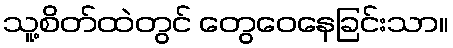
သူ့စိတ်ထဲတွင် တွေဝေနေခြင်းသာ။